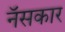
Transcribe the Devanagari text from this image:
नॅसकार